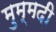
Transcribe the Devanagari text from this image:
मुम्मदी